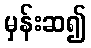
မှန်းဆ၍